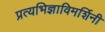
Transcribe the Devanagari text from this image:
प्रत्यभिज्ञाविमर्शिनी